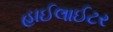
હાઈલાઈટર